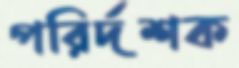
পরির্দশক